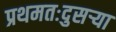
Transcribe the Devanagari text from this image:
प्रथमतःदुसऱ्या